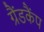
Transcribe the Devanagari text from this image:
ग्रैंडकैंप